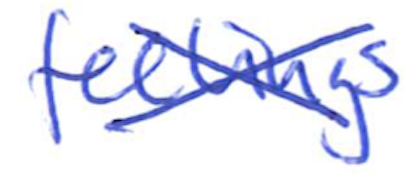
Text: feelings
Cross-out: cross
Writing tool: ballpoint